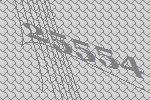
25554